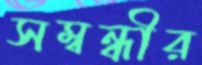
সম্বন্ধীর